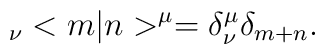
{\hphantom >}_\nu<m|n>^\mu = \delta^\mu_\nu\delta_{m+n}.\nonumber